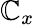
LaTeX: \mathbb{C}_{x}